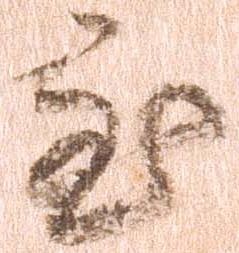
至